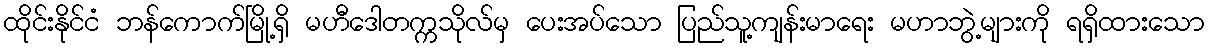
ထိုင်းနိုင်ငံ ဘန်ကောက်မြို့ရှိ မဟီဒေါတက္ကသိုလ်မှ ပေးအပ်သော ပြည်သူ့ကျန်းမာရေး မဟာဘွဲ့များကို ရရှိထားသော